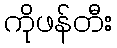
ကိုဖန်တီး